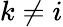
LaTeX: k\neq i